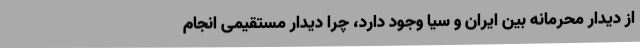
از دیدار محرمانه بین ایران و سیا وجود دارد، چرا دیدار مستقیمی انجام